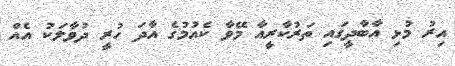
އިރު މުޅި އާބާދީގައި ތަރުކާރީއާ މޭވާ ކެއުމުގެ އާދަ ހުރީ ދުވާލަކު އެއް